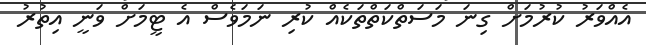
އެއްވަރު ކުރުމަށް ގިނަ މަސަތްކަތްތަކެއް ކުރި ނަމަވެސް އެ ޓީމަށް ވަނީ އިތުރު